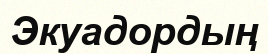
Экуадордың